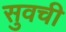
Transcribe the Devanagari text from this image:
सुवची